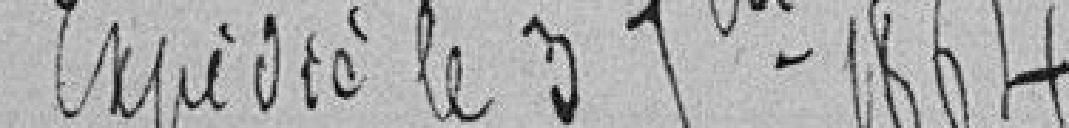
Expédié le 3 septembre 1864